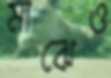
মাঝেও